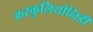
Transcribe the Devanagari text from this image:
करकुलियोनिडी